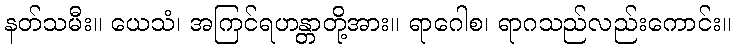
နတ်သမီး။ ယေသံ၊ အကြင်ရဟန္တာတို့အား။ ရာဂေါစ၊ ရာဂသည်လည်းကောင်း။